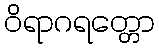
ဝိရာဂရတ္တော